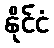
နိုင်ငံ